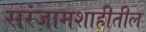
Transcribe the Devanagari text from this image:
सरंजामशाहीतील